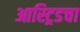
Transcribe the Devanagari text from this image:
आस्ट्रिडचा